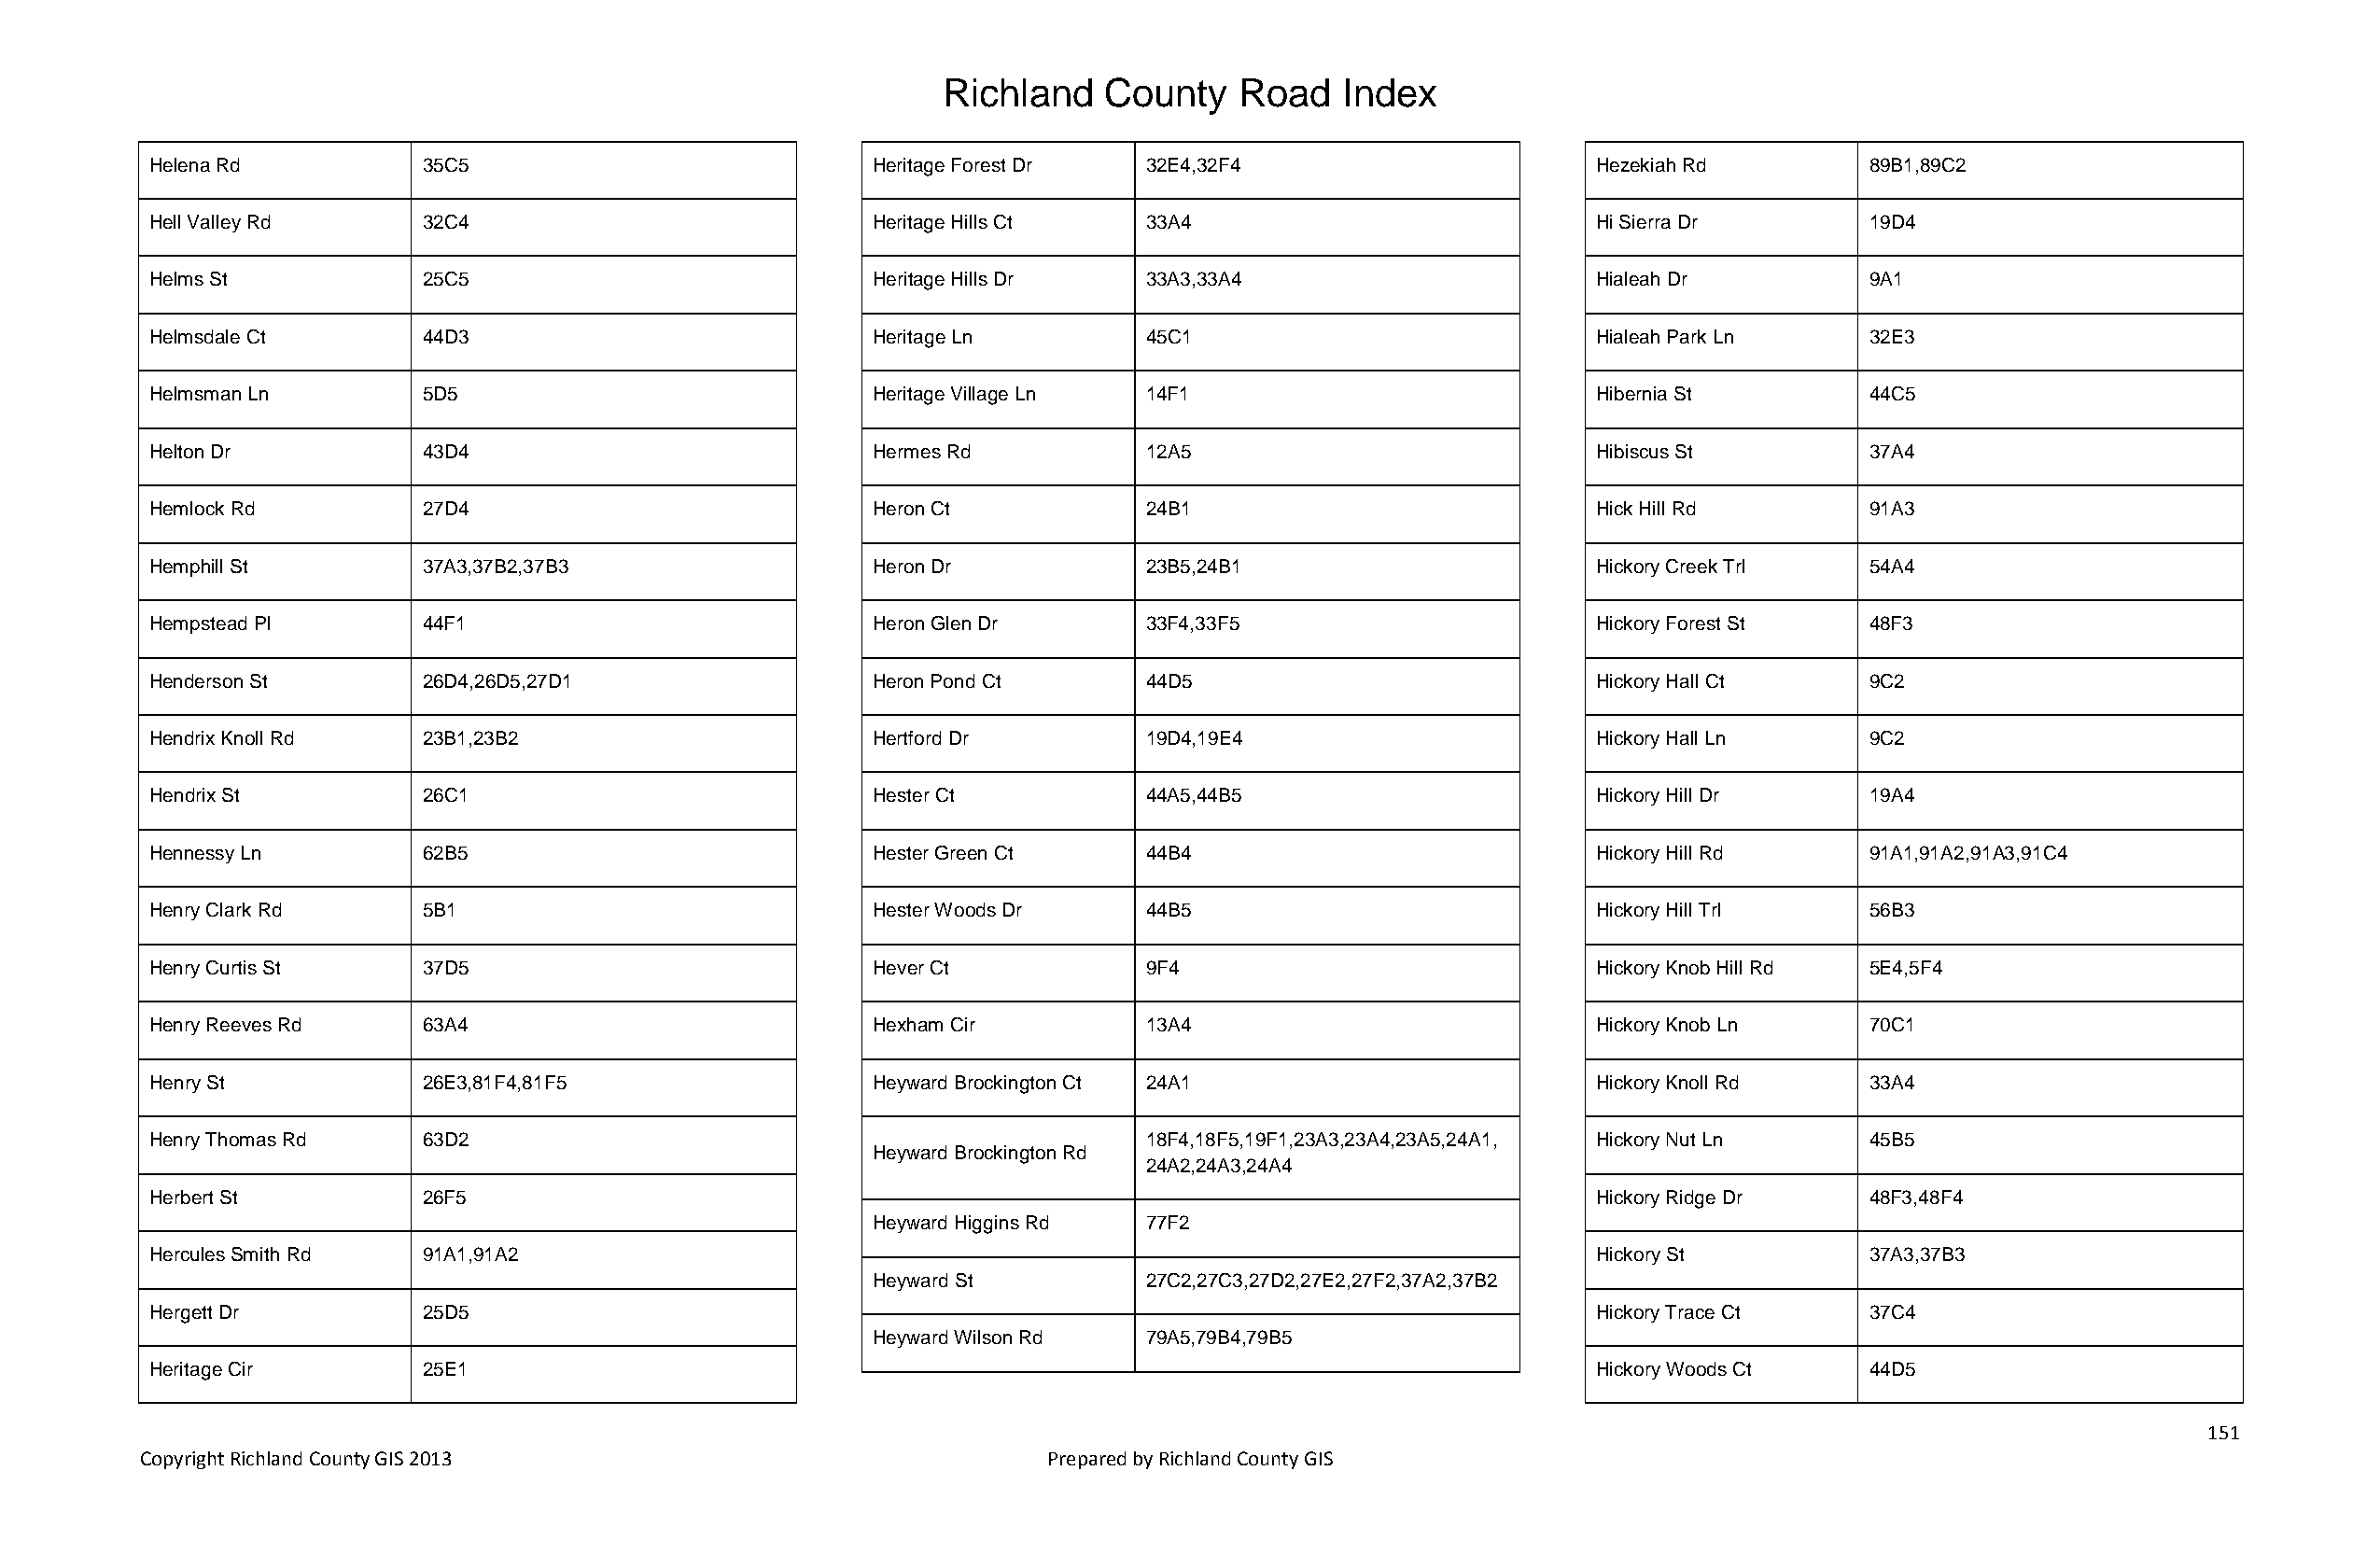
Richland   County    Road   Index
 Helena Rd          35C5                            Heritage Forest Dr 32E4,32F4                       Hezekiah Rd         89B1,89C2
 Hell Valley Rd     32C4                            Heritage Hills Ct  33A4                            Hi Sierra Dr        19D4
 Helms St           25C5                            Heritage Hills Dr  33A3,33A4                       Hialeah Dr          9A1
 Helmsdale Ct       44D3                            Heritage Ln        45C1                            Hialeah Park Ln     32E3
 Helmsman Ln        5D5                             Heritage Village Ln 14F1                           Hibernia St         44C5
 Helton Dr          43D4                            Hermes Rd          12A5                            Hibiscus St         37A4
 Hemlock Rd         27D4                            Heron Ct           24B1                            Hick Hill Rd        91A3
 Hemphill St        37A3,37B2,37B3                  Heron Dr           23B5,24B1                       Hickory Creek Trl   54A4
 Hempstead Pl       44F1                            Heron Glen Dr      33F4,33F5                       Hickory Forest St   48F3
 Henderson St       26D4,26D5,27D1                  Heron Pond Ct      44D5                            Hickory Hall Ct     9C2
 Hendrix Knoll Rd   23B1,23B2                       Hertford Dr        19D4,19E4                       Hickory Hall Ln     9C2
 Hendrix St         26C1                            Hester Ct          44A5,44B5                       Hickory Hill Dr     19A4
 Hennessy Ln        62B5                            Hester Green Ct    44B4                            Hickory Hill Rd     91A1,91A2,91A3,91C4
 Henry Clark Rd     5B1                             Hester Woods Dr    44B5                            Hickory Hill Trl    56B3
 Henry Curtis St    37D5                            Hever Ct           9F4                             Hickory Knob Hill Rd 5E4,5F4
 Henry Reeves Rd    63A4                            Hexham Cir         13A4                            Hickory Knob Ln     70C1
 Henry St           26E3,81F4,81F5                  Heyward Brockington Ct 24A1                        Hickory Knoll Rd    33A4
 Henry Thomas Rd    63D2                                               18F4,18F5,19F1,23A3,23A4,23A5,24A1, Hickory Nut Ln  45B5
 Heyward Brockington Rd
 24A2,24A3,24A4
 Herbert St         26F5                                                                               Hickory Ridge Dr    48F3,48F4
 Heyward Higgins Rd 77F2
 Hercules Smith Rd  91A1,91A2                                                                          Hickory St          37A3,37B3
 Heyward St         27C2,27C3,27D2,27E2,27F2,37A2,37B2
 Hergett Dr         25D5                                                                               Hickory Trace Ct    37C4
 Heyward Wilson Rd  79A5,79B4,79B5
 Heritage Cir       25E1                                                                               Hickory Woods Ct    44D5
 151
 Copyright Richland County GIS 2013                              Prepared by Richland County GIS